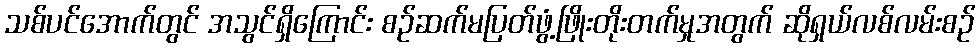
သစ်ပင်အောက်တွင် အသွင်ရှိကြောင်း စဉ်ဆက်မပြတ်ဖွံ့ဖြိုးတိုးတက်မှုအတွက် ဆိုရှယ်လစ်လမ်းစဉ်